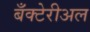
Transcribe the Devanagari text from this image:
बँक्टेरीअल